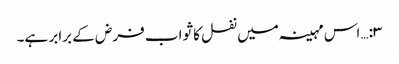
۳:… اس مہینہ میں نفل کا ثواب فرض کے برابر ہے۔